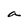
Character: a